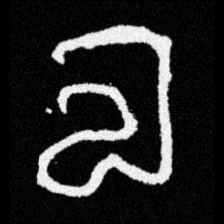
Pyu character \u2014 Myanmar letter: လ (romanized: la)